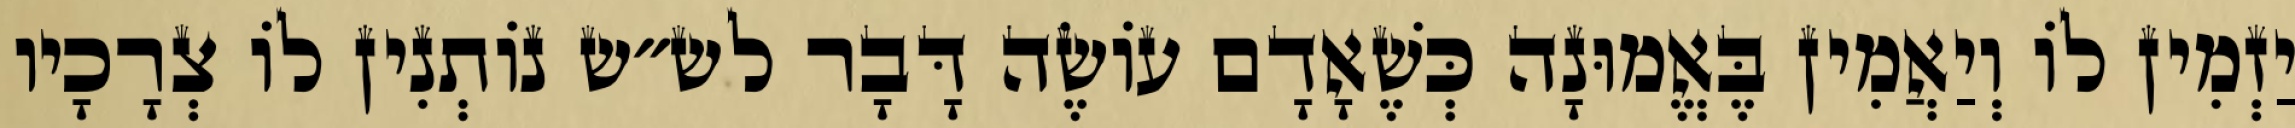
יַזְמִין לוֹ וְיַאֲמִין בֶּאֱמוּנָה כְּשֶׁאָדָם עוֹשֶׂה דָּבָר לש״ש נוֹתְנִין לוֹ צְרָכָיו